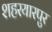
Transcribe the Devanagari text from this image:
शहरयारपुर